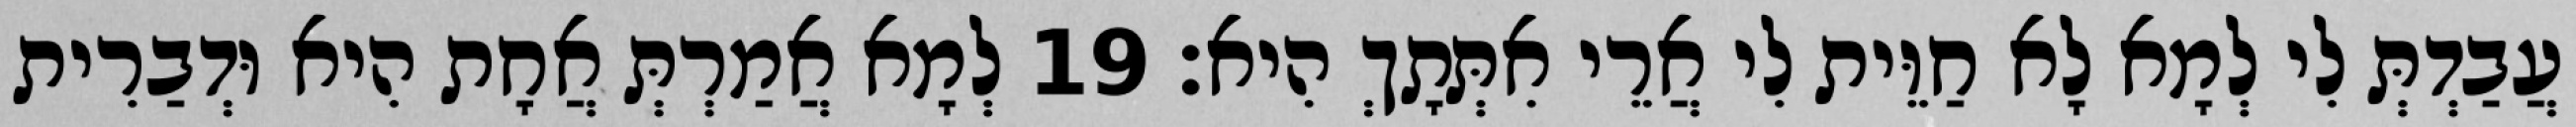
עֲבַדְתְּ לִי לְמָא לָא חַוֵּית לִי אֲרֵי אִתְּתָךְ הִיא׃ 19 לְמָא אֲמַרְתְּ אֲחָת הִיא וּדְבַרִית